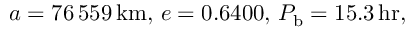
a = 7 6 \, 5 5 9 \, \mathrm { k m } , \, e = 0 . 6 4 0 0 , \, P _ { \mathrm { b } } = 1 5 . 3 \, \mathrm { h r } ,